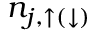
n _ { j , \uparrow ( \downarrow ) }